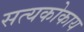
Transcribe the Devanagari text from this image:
सत्यकोकाय